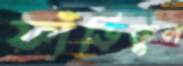
ফাঁড়িকুল